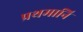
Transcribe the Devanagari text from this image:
प्रथमानि